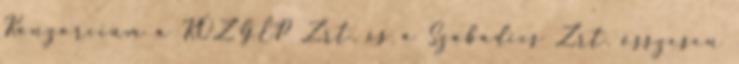
Konzorcium a KÖZGÉP Zrt. és a Szabadics Zrt. összesen